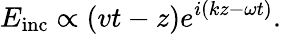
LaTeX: E_{\mathrm{inc}}\propto\left(vt-z\right)e^{i\left(kz-\omega t\right)}.